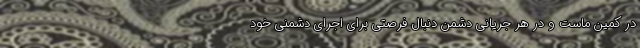
در کمین ماست و در هر جریانی دشمن دنبال فرصتی برای اجرای دشمنی خود